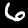
Digit: 6